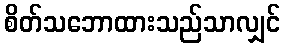
စိတ်သဘောထားသည်သာလျှင်